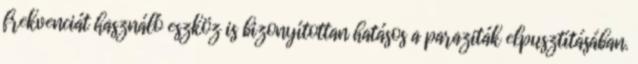
frekvenciát használó eszköz is bizonyítottan hatásos a paraziták elpusztításában.